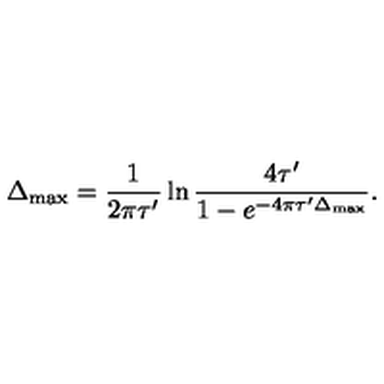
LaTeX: \Delta _ { \max } = { \frac { 1 } { 2 \pi \tau ^ { \prime } } } \ln { \frac { 4 \tau ^ { \prime } } { 1 - e ^ { - 4 \pi \tau ^ { \prime } \Delta _ { \max } } } } .